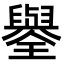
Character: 𦦮